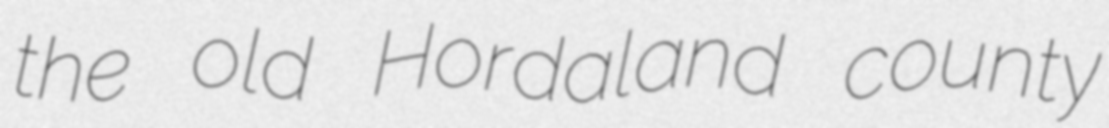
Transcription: the old Hordaland county